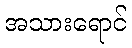
အသားရောင်